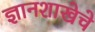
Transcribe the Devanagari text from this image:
ज्ञानशाखेचे